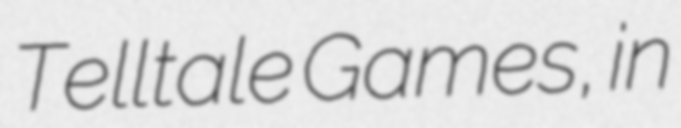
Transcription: Telltale Games, in